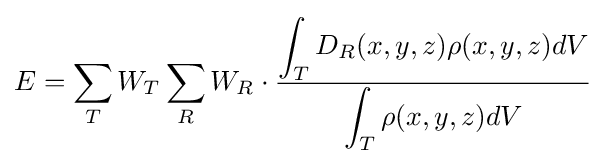
E=\sum _{T}W_{T}\sum _{R}W_{R}\cdot {\frac {\displaystyle \int _{T}D_{R}(x,y,z)\rho (x,y,z)dV}{\displaystyle \int _{T}\rho (x,y,z)dV}}